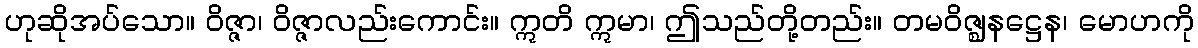
ဟုဆိုအပ်သော။ ဝိဇ္ဇာ၊ ဝိဇ္ဇာလည်းကောင်း။ ဣတိ ဣမာ၊ ဤသည်တို့တည်း။ တမဝိဇ္ဈနဋ္ဌေန၊ မောဟကို